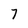
Character: 7